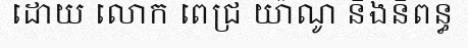
ដោយ លោក ពេជ្រ យ៉ាណូ និងនិពន្ធ